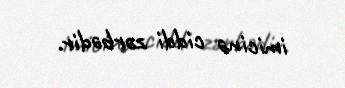
imicinə ciddi zərbədir.